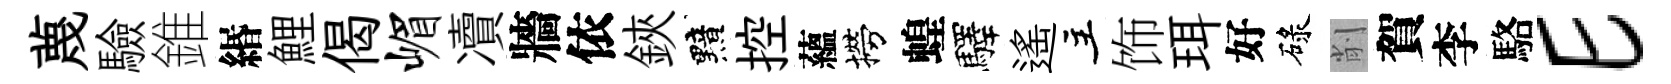
蔑驗錐緡鯉偈嵋凟牆依鋏黯控蘊撈蝗驛遙主饰珥好碌削賀李駱E